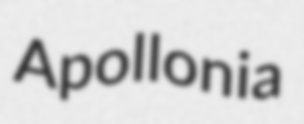
Apollonia